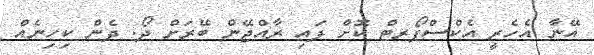
އޭނާ އެހެރީ އެކްސްޕޯރޓް ކޮށް ފައި ރާއްޖޭން ބޭރަށް ދޯ. ދެން ކިހިނެއް